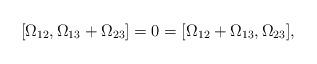
LaTeX: \begin{gather*}[\Omega_{12},\Omega_{13}+\Omega_{23}]=0=[\Omega_{12}+\Omega_{13},\Omega_{23}],\end{gather*}